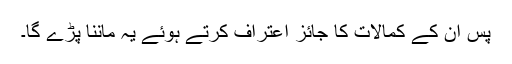
پس ان کے کمالات کا جائز اعتراف کرتے ہوئے یہ ماننا پڑے گا۔